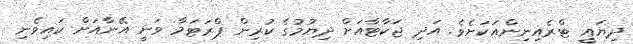
ދިޔައީ ޓްރެއިނިންއަކަށެވެ. އަދި ޖަކާޓާއަށް ދިޔުމުގެ ކުރިން ޕްރަޓަމާ ވަނީ އޭނާއަށް ކައިވެނި